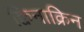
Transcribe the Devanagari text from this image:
क्विनाक्रिन